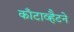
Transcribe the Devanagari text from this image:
काँटाव्हैटने